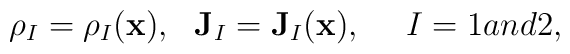
\rho_I=\rho_I(\mathbf{x}),~~ \mathbf{J}_I=\mathbf{J}_I (\mathbf{x}),~~~~ I = 1 and 2,